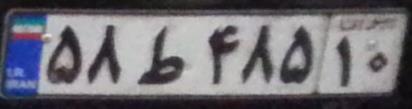
۵۸ط۴۸۵۱۰